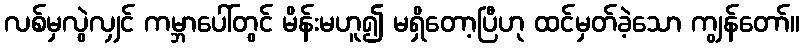
လစ်မှလွဲလျှင် ကမ္ဘာပေါ်တွင် မိန်းမဟူ၍ မရှိတော့ပြီဟု ထင်မှတ်ခဲ့သော ကျွန်တော်။